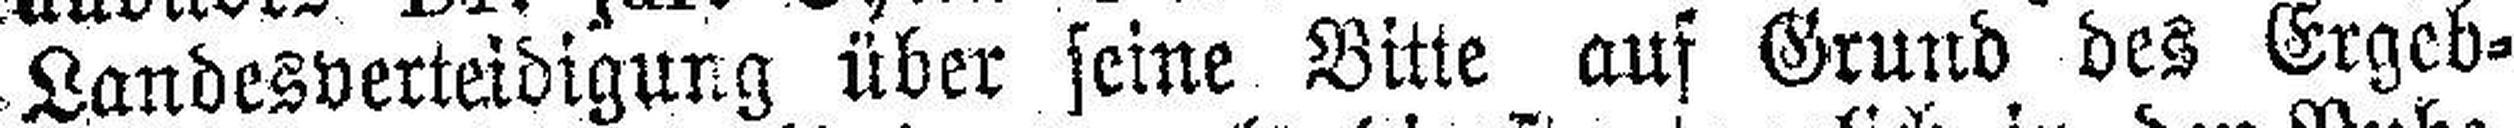
Landesverteidigung über seine Bitte auf Grund des Ergeb¬